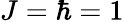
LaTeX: J=\hbar=1